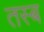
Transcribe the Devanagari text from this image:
तस्ब